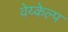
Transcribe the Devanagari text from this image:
वेय्केल्प